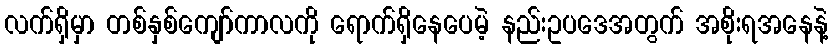
လက်ရှိမှာ တစ်နှစ်ကျော်ကာလကို ရောက်ရှိနေပေမဲ့ နည်းဥပဒေအတွက် အစိုးရအနေနဲ့